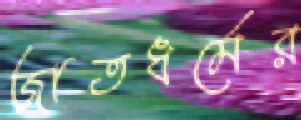
জাতধর্মের